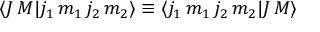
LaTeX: \langle J \, M | j _ { 1 } \, m _ { 1 } \, j _ { 2 } \, m _ { 2 } \rangle \equiv \langle j _ { 1 } \, m _ { 1 } \, j _ { 2 } \, m _ { 2 } | J \, M \rangle